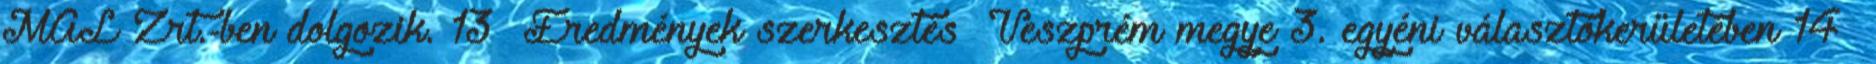
MAL Zrt.-ben dolgozik. 13 Eredmények szerkesztés Veszprém megye 3. egyéni választókerületében 14